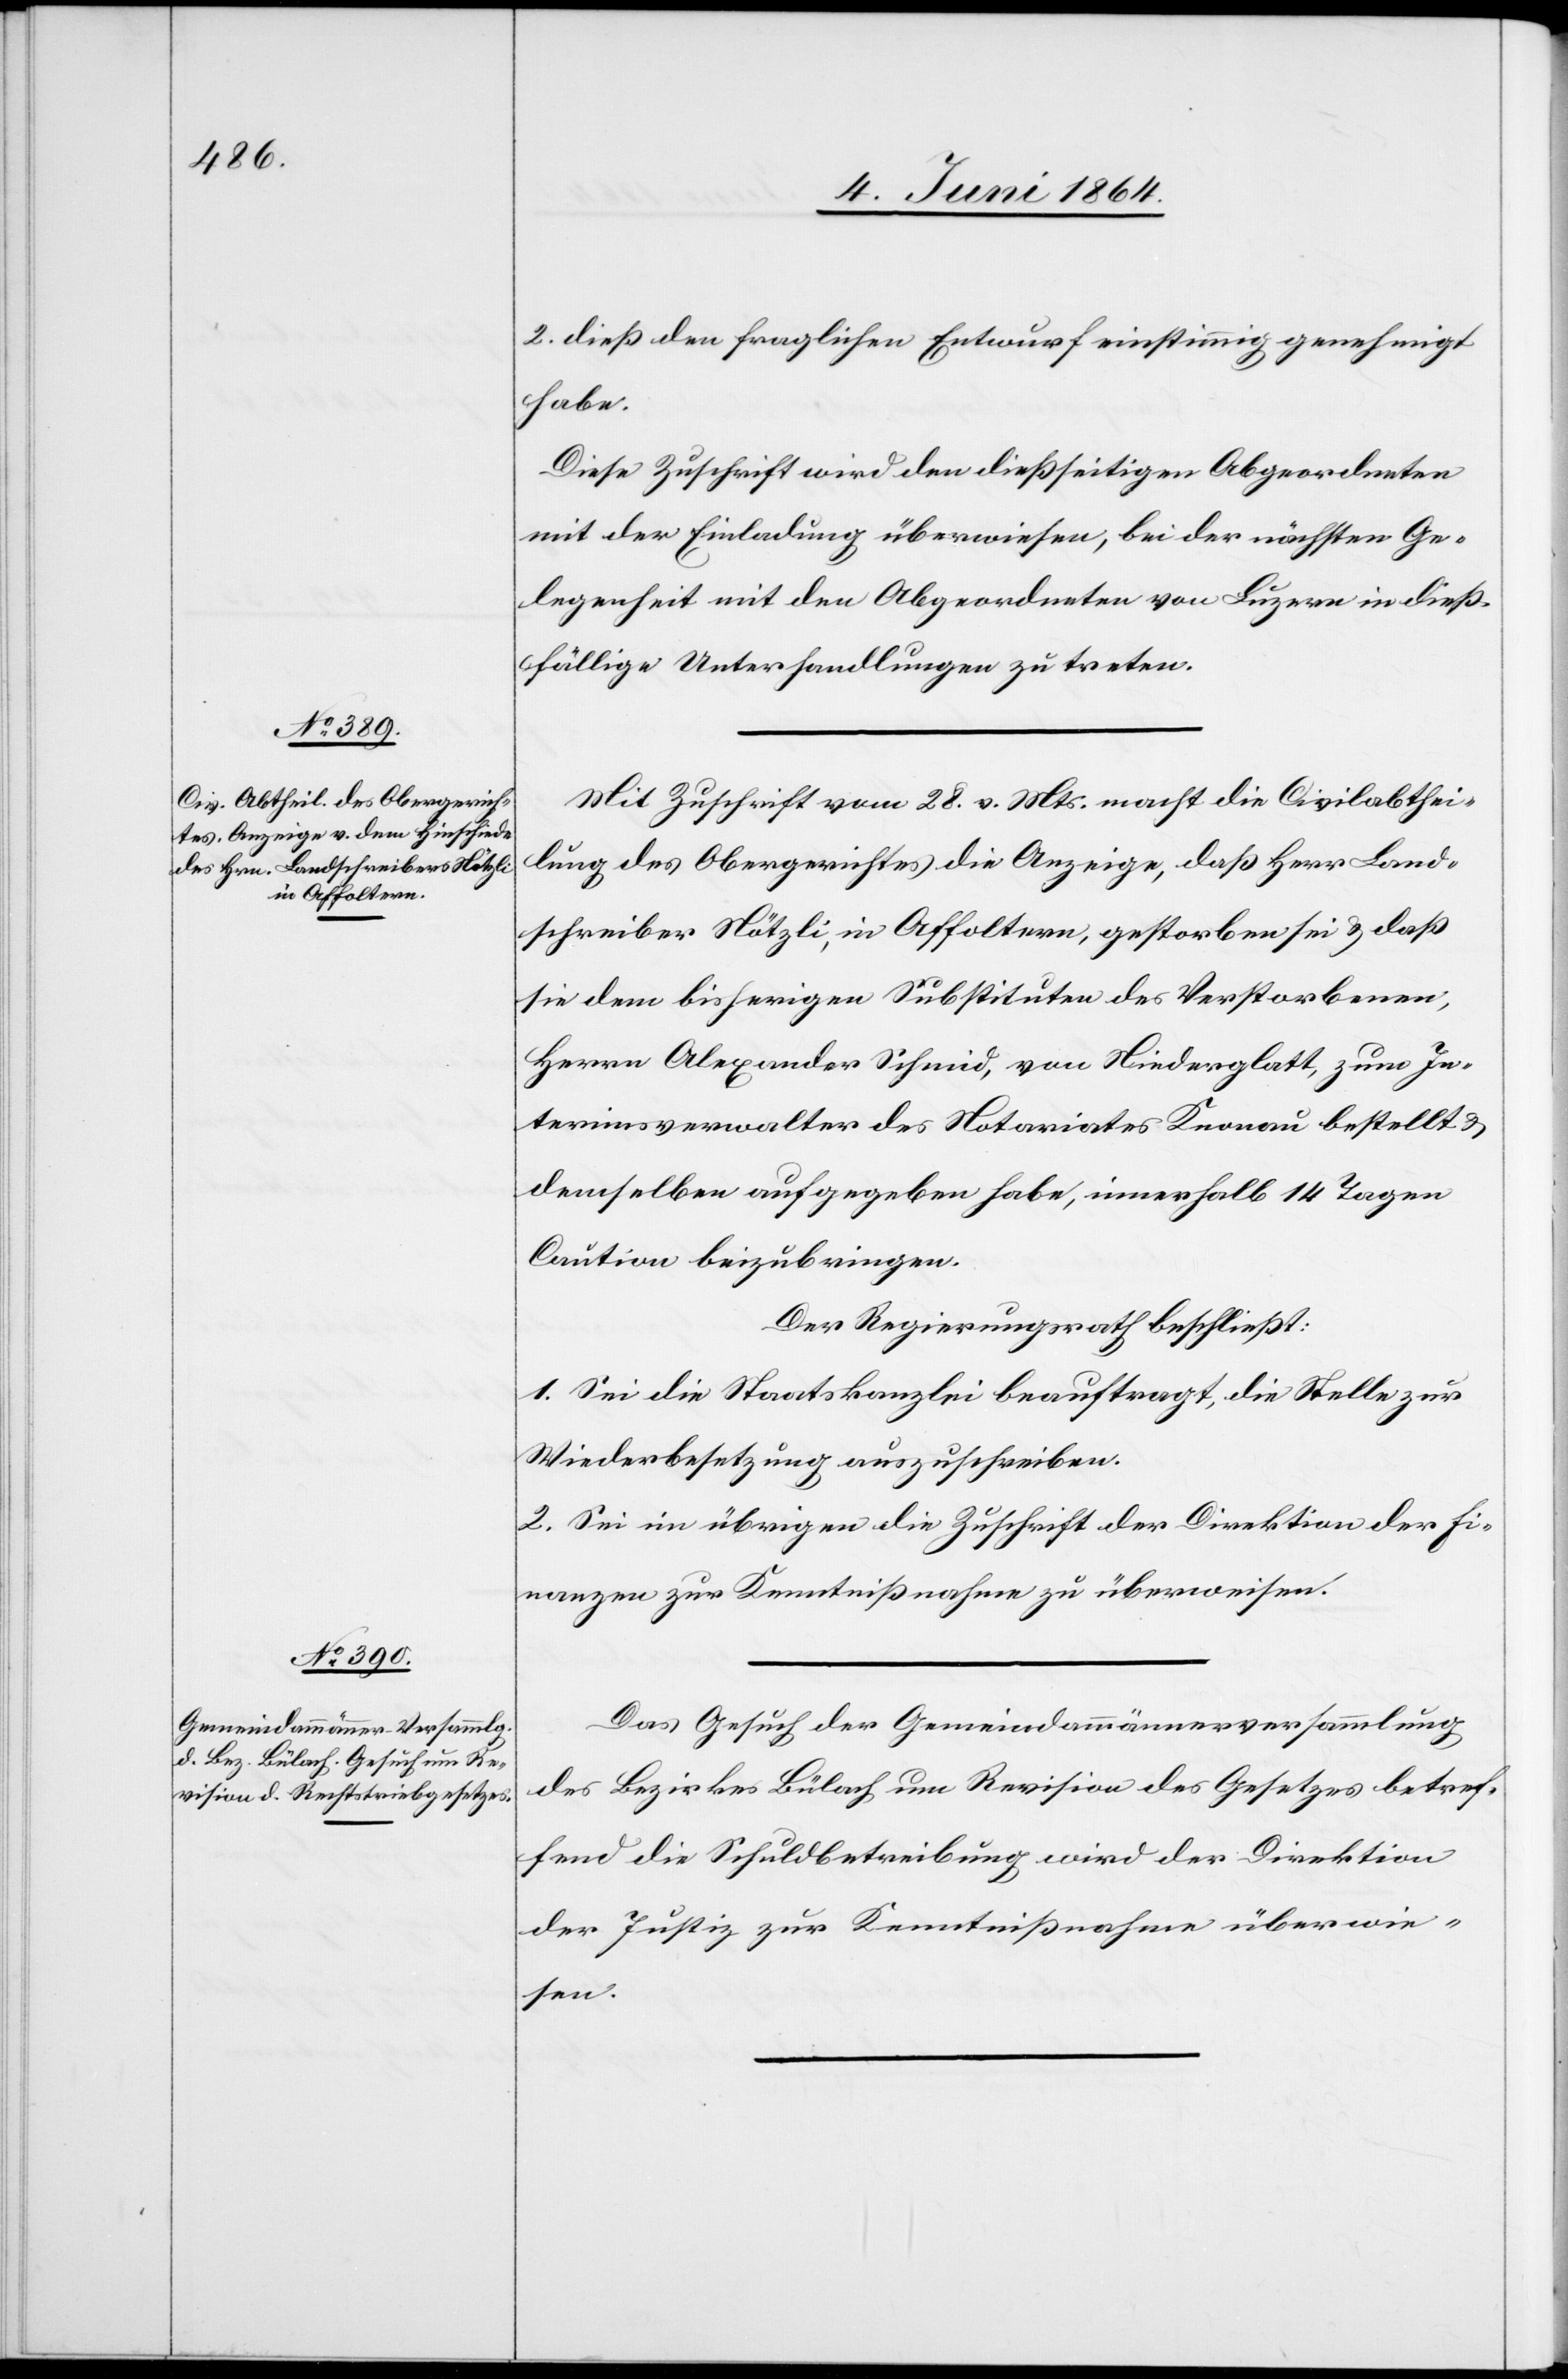
2. dieß den fraglichen Entwurf einstimmig genehmigt
habe.
Diese Zuschrift wird den dießseitigen Abgeordneten
mit der Einladung überwiesen, bei der nächsten Ge¬
legenheit mit den Abgeordneten von Luzern in dieß¬
fällige Unterhandlungen zu treten.
Mit Zuschrift vom 28. v. Mts. macht die Civilabthei¬
lung des Obergerichtes die Anzeige, daß Herr Land¬
schreiber Nötzli, in Affoltern, gestorben sei u. daß
sie dem [sic!] bisherigen Substituten des Verstorbenen,
Herrn Alexander Schmid, von Niederglatt, zum In¬
terimsverwalter des Notariates Knonau bestellt u.
demselben aufgegeben habe, innerhalb 14 Tagen
Caution beizubringen.
Der Regierungsrath beschließt:
1. Sei die Staatskanzlei beauftragt, die Stelle zur
Wiederbesetzung auszuschreiben.
2. Sei im übrigen die Zuschrift der Direktion der Fi¬
nanzen zur Kenntnißnahme zu überweisen.
Das Gesuch der Gemeindammännerversammlung
des Bezirkes Bülach um Revision des Gesetzes betref¬
fend die Schuldbetreibung wird der Direktion
der Justiz zur Kenntnißnahme überwie¬
sen.